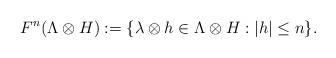
LaTeX: \begin{align*}F^n(\Lambda\otimes H):=\{\lambda\otimes h\in\Lambda\otimes H: |h|\leq n\}.\end{align*}